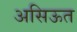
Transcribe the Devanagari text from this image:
असिऊत